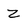
Character: Z